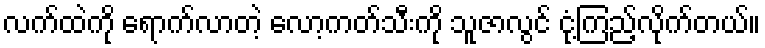
လက်ထဲကို ရောက်လာတဲ့ လော့ကတ်သီးကို သူဇာလွင် ငုံ့ကြည့်လိုက်တယ်။